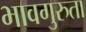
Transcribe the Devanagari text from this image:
भावगुरुता